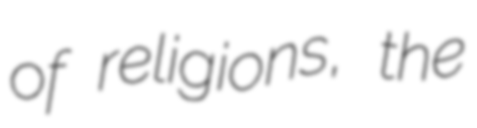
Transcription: of religions, the